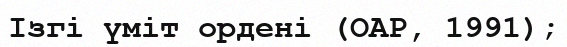
Ізгі үміт ордені (ОАР, 1991);